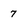
Character: 7